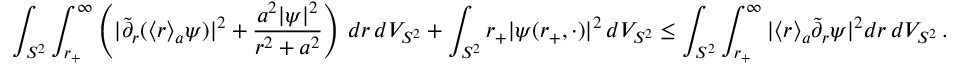
\int _ { S ^ { 2 } } \int _ { r _ { + } } ^ { \infty } \left( | \widetilde { \partial } _ { r } ( { \langle r \rangle } _ { a } \psi ) | ^ { 2 } + \frac { a ^ { 2 } | \psi | ^ { 2 } } { r ^ { 2 } + a ^ { 2 } } \right) \, d r \, d V _ { S ^ { 2 } } + \int _ { S ^ { 2 } } r _ { + } | \psi ( r _ { + } , \cdot ) | ^ { 2 } \, d V _ { S ^ { 2 } } \leq \int _ { S ^ { 2 } } \int _ { r _ { + } } ^ { \infty } | { \langle r \rangle } _ { a } \widetilde { \partial } _ { r } \psi | ^ { 2 } d r \, d V _ { S ^ { 2 } } \, .